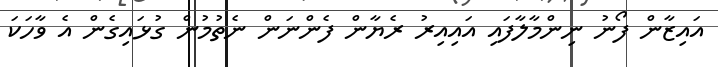
އައިޒާން ފޯނު ނިންމާލާފައި އައިއިރު ރެޔާން ފެންނަން ނެތުމުން ގުޅައިގެން އެ ވާހަކަ